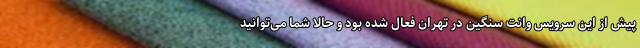
پیش از این سرویس وانت سنگین در تهران فعال شده بود و حالا شما می‌توانید